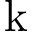
\mathrm { k }